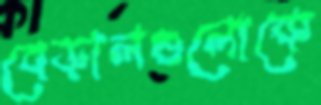
বেড়ালগুলোকে